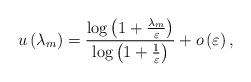
LaTeX: \begin{align*}u\left(\lambda_{m}\right)=\frac{\log\left(1+\frac{\lambda_{m}}{\varepsilon}\right)}{\log\left(1+\frac{1}{\varepsilon}\right)}+o\left(\varepsilon\right),\end{align*}